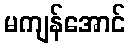
မကျန်အောင်